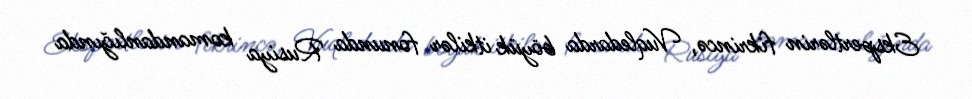
Ekspertlərin fikrincə, Vuqledarda böyük itkilər fonunda Rusiya komandanlığında